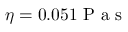
\eta = 0 . 0 5 1 \mathrm { ~ P ~ a ~ s ~ }